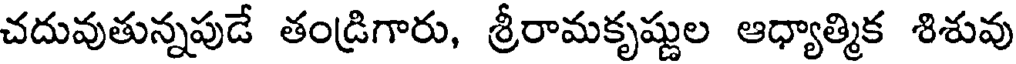
చదువుతున్నపుడే తండ్రిగారు, శ్రీరామకృష్ణుల ఆధ్యాత్మిక శిశువు